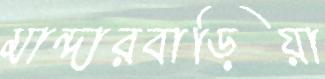
মান্দারবাড়িয়া